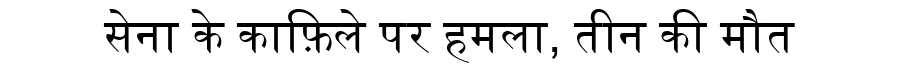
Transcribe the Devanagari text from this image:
सेना के काफ़िले पर हमला, तीन की मौत